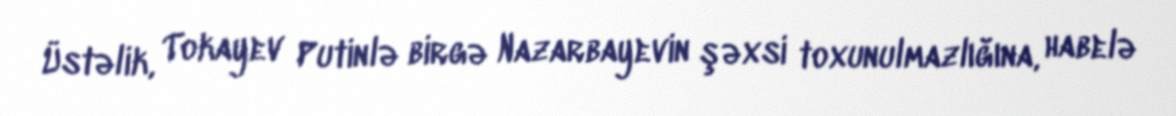
Üstəlik, Tokayev Putinlə birgə Nazarbayevin şəxsi toxunulmazlığına, habelə